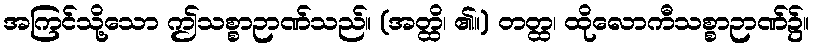
အကြင်သို့သော ဤသစ္စာဉာဏ်သည်။ (အတ္ထိ၊ ၏။) တတ္ထ၊ ထိုလောကီသစ္စာဉာဏ်၌။